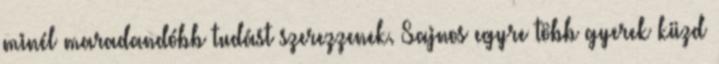
minél maradandóbb tudást szerezzenek. Sajnos egyre több gyerek küzd